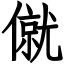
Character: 僦